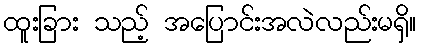
ထူးခြား သည့် အပြောင်းအလဲလည်းမရှိ။